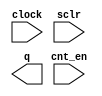
// megafunction wizard: %LPM_COUNTER%VBB%
// GENERATION: STANDARD
// VERSION: WM1.0
// MODULE: LPM_COUNTER 

// ============================================================
// Megafunction Name(s):
// 			LPM_COUNTER
//
// Simulation Library Files(s):
// 			lpm
// ============================================================
// ************************************************************
// THIS IS A WIZARD-GENERATED FILE. DO NOT EDIT THIS FILE!
//
// 16.0.0 Build 211 04/27/2016 SJ Standard Edition
// ************************************************************

//Copyright (C) 1991-2016 Altera Corporation. All rights reserved.
//Your use of Altera Corporation's design tools, logic functions 
//and other software and tools, and its AMPP partner logic 
//functions, and any output files from any of the foregoing 
//(including device programming or simulation files), and any 
//associated documentation or information are expressly subject 
//to the terms and conditions of the Altera Program License 
//Subscription Agreement, the Altera Quartus Prime License Agreement,
//the Altera MegaCore Function License Agreement, or other 
//applicable license agreement, including, without limitation, 
//that your use is for the sole purpose of programming logic 
//devices manufactured by Altera and sold by Altera or its 
//authorized distributors.  Please refer to the applicable 
//agreement for further details.

module ERR_CNT (
	clock,
	cnt_en,
	sclr,
	q);

	input	  clock;
	input	  cnt_en;
	input	  sclr;
	output	[15:0]  q;

endmodule

// ============================================================
// CNX file retrieval info
// ============================================================
// Retrieval info: PRIVATE: ACLR NUMERIC "0"
// Retrieval info: PRIVATE: ALOAD NUMERIC "0"
// Retrieval info: PRIVATE: ASET NUMERIC "0"
// Retrieval info: PRIVATE: ASET_ALL1 NUMERIC "1"
// Retrieval info: PRIVATE: CLK_EN NUMERIC "0"
// Retrieval info: PRIVATE: CNT_EN NUMERIC "1"
// Retrieval info: PRIVATE: CarryIn NUMERIC "0"
// Retrieval info: PRIVATE: CarryOut NUMERIC "0"
// Retrieval info: PRIVATE: Direction NUMERIC "0"
// Retrieval info: PRIVATE: INTENDED_DEVICE_FAMILY STRING "Cyclone IV E"
// Retrieval info: PRIVATE: ModulusCounter NUMERIC "0"
// Retrieval info: PRIVATE: ModulusValue NUMERIC "0"
// Retrieval info: PRIVATE: SCLR NUMERIC "1"
// Retrieval info: PRIVATE: SLOAD NUMERIC "0"
// Retrieval info: PRIVATE: SSET NUMERIC "0"
// Retrieval info: PRIVATE: SSET_ALL1 NUMERIC "1"
// Retrieval info: PRIVATE: SYNTH_WRAPPER_GEN_POSTFIX STRING "0"
// Retrieval info: PRIVATE: nBit NUMERIC "16"
// Retrieval info: PRIVATE: new_diagram STRING "1"
// Retrieval info: LIBRARY: lpm lpm.lpm_components.all
// Retrieval info: CONSTANT: LPM_DIRECTION STRING "UP"
// Retrieval info: CONSTANT: LPM_PORT_UPDOWN STRING "PORT_UNUSED"
// Retrieval info: CONSTANT: LPM_TYPE STRING "LPM_COUNTER"
// Retrieval info: CONSTANT: LPM_WIDTH NUMERIC "16"
// Retrieval info: USED_PORT: clock 0 0 0 0 INPUT NODEFVAL "clock"
// Retrieval info: USED_PORT: cnt_en 0 0 0 0 INPUT NODEFVAL "cnt_en"
// Retrieval info: USED_PORT: q 0 0 16 0 OUTPUT NODEFVAL "q[15..0]"
// Retrieval info: USED_PORT: sclr 0 0 0 0 INPUT NODEFVAL "sclr"
// Retrieval info: CONNECT: @clock 0 0 0 0 clock 0 0 0 0
// Retrieval info: CONNECT: @cnt_en 0 0 0 0 cnt_en 0 0 0 0
// Retrieval info: CONNECT: @sclr 0 0 0 0 sclr 0 0 0 0
// Retrieval info: CONNECT: q 0 0 16 0 @q 0 0 16 0
// Retrieval info: GEN_FILE: TYPE_NORMAL ERR_CNT.v TRUE
// Retrieval info: GEN_FILE: TYPE_NORMAL ERR_CNT.inc FALSE
// Retrieval info: GEN_FILE: TYPE_NORMAL ERR_CNT.cmp FALSE
// Retrieval info: GEN_FILE: TYPE_NORMAL ERR_CNT.bsf FALSE
// Retrieval info: GEN_FILE: TYPE_NORMAL ERR_CNT_inst.v TRUE
// Retrieval info: GEN_FILE: TYPE_NORMAL ERR_CNT_bb.v TRUE
// Retrieval info: LIB_FILE: lpm